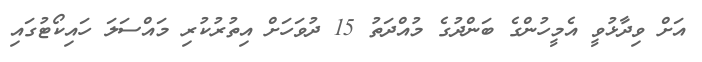
އަށް ވިދާޅުވީ އެމީހުންގެ ބަންދުގެ މުއްދަތު 15 ދުވަހަށް އިތުރުކުރި މައްސަލަ ހައިކޯޓުގައި